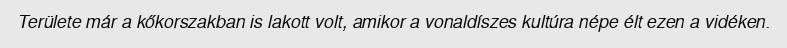
Területe már a kőkorszakban is lakott volt, amikor a vonaldíszes kultúra népe élt ezen a vidéken.